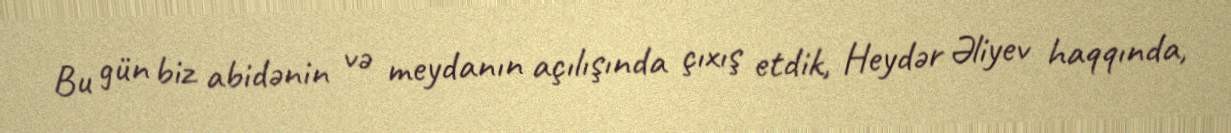
Bu gün biz abidənin və meydanın açılışında çıxış etdik, Heydər Əliyev haqqında,